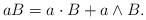
LaTeX: \begin{align*}aB = a \cdot B + a \wedge B .\end{align*}